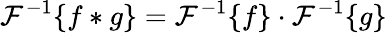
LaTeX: {\mathcal{F}}^{-1}\{ f*g\} ={\mathcal{F}}^{-1}\{ f\} \cdot{\mathcal{F}}^{-1}\{ g\}